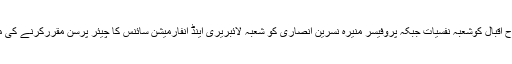
پروفیسر ڈاکٹر فرح اقبال کوشعبہ نفسیات جبکہ پروفیسر منیرہ نسرین انصاری کو شعبہ لائبریری اینڈ انفارمیشن سائنس کا چیئر پرسن مقررکرنے کی منظوری دی گئی۔